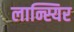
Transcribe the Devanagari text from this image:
लान्स्यिर